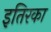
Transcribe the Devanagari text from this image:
इतिरका